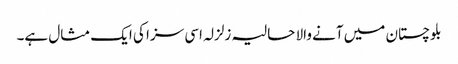
بلوچستان میں آنے والا حالیہ زلزلہ اسی سزا کی ایک مثال ہے۔